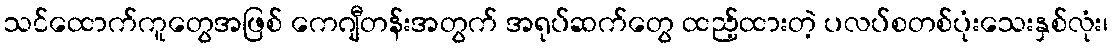
သင်ထောက်ကူတွေအဖြစ် ကေဂျီတန်းအတွက် အရုပ်ဆက်တွေ ထည့်ထားတဲ့ ပလပ်စတစ်ပုံးသေးနှစ်လုံး၊